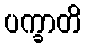
ပက္ခာတိ